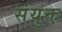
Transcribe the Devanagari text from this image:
संयुक्त़